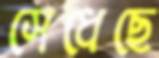
সেধেছে